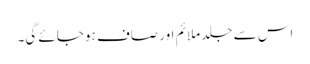
اس سے جلد ملائم اور صاف ہو جائے گی۔